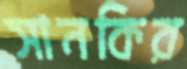
সানকির